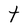
Character: t